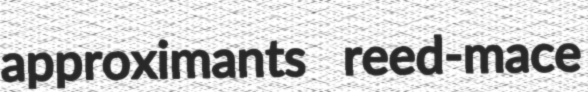
approximants reed-mace